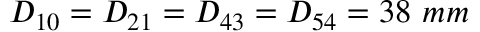
D _ { 1 0 } = D _ { 2 1 } = D _ { 4 3 } = D _ { 5 4 } = 3 8 ~ m m